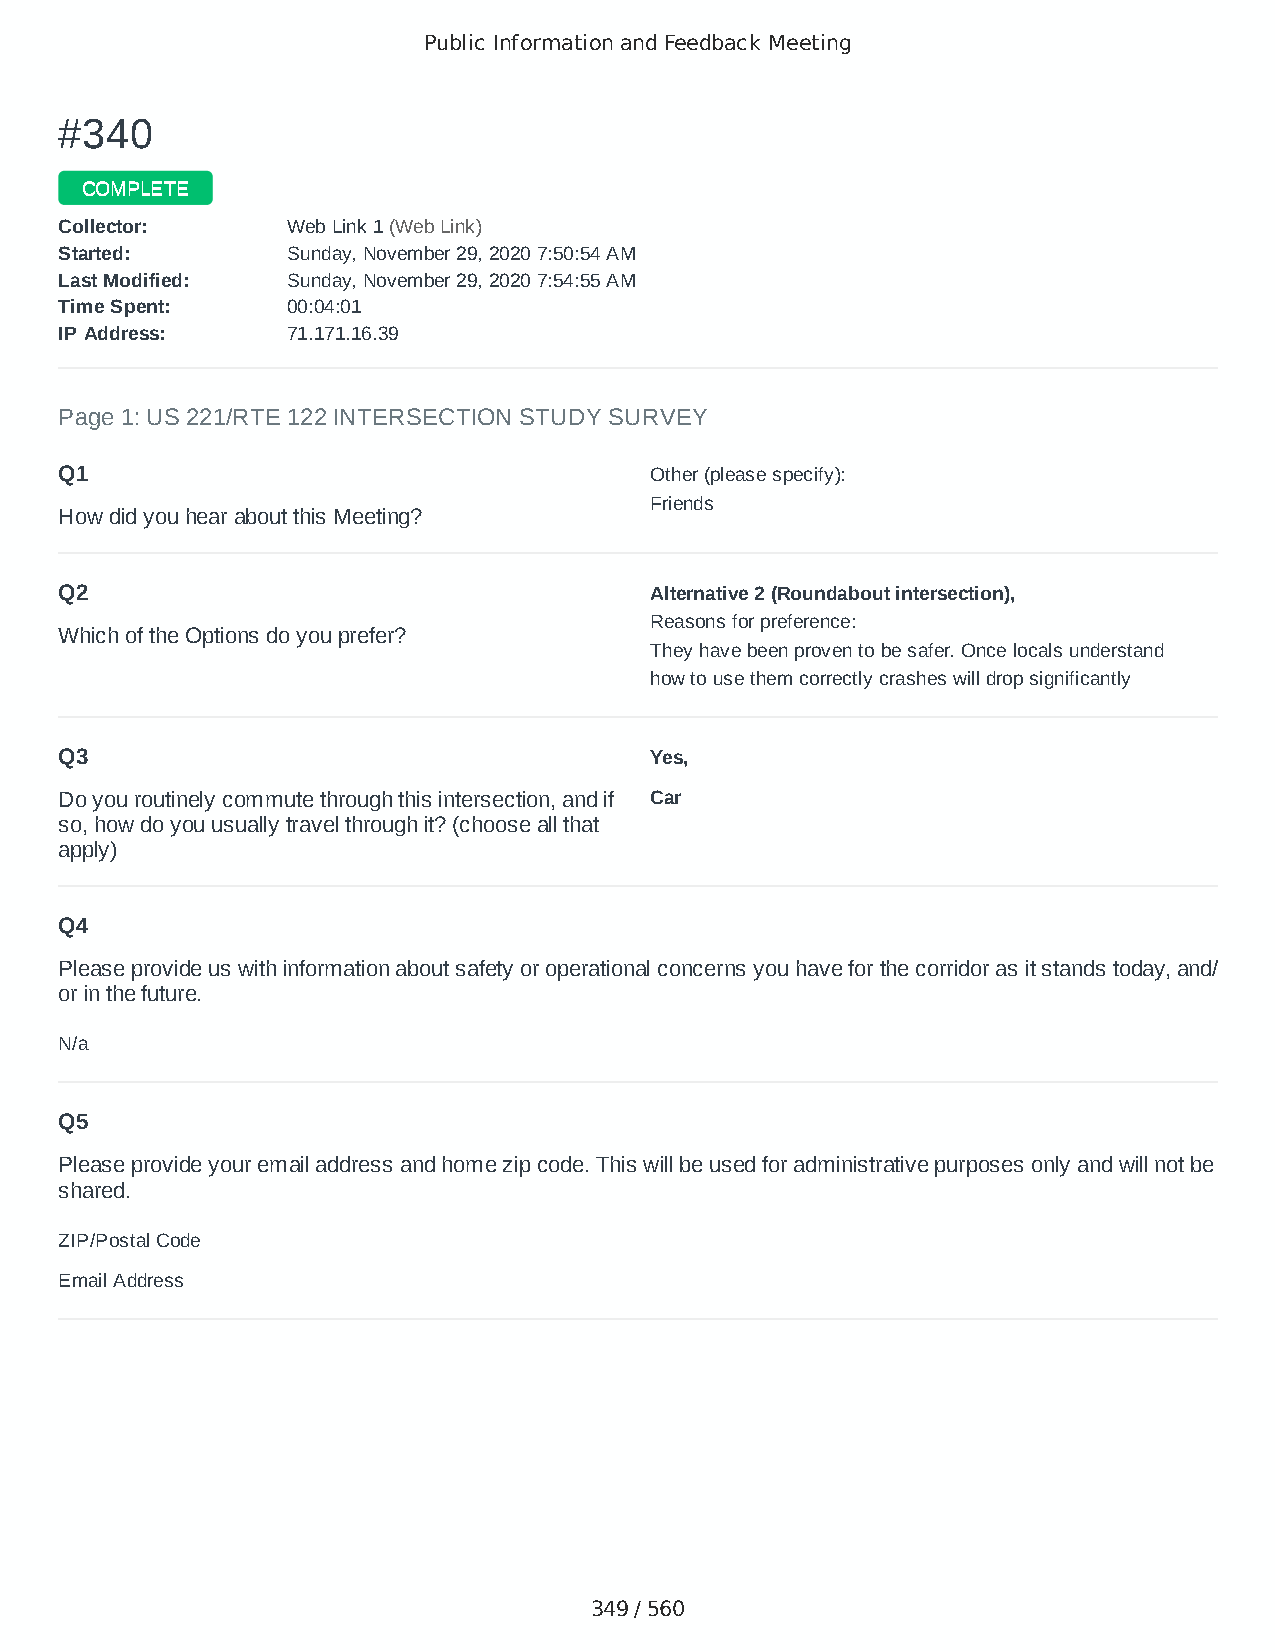
Public Information and Feedback Meeting
 ##334400
 CCOOMMPPLLEETTEE
 CCoolllleeccttoorr:: WWeebb LLiinnkk 11 ((WWeebb LLiinnkk))
 SSttaarrtteedd:: SSuunnddaayy,, NNoovveemmbbeerr 2299,, 22002200 77::5500::5544 AAMM
 LLaasstt MMooddiiffiieedd:: SSuunnddaayy,, NNoovveemmbbeerr 2299,, 22002200 77::5544::5555 AAMM
 TTiimmee SSppeenntt:: 0000::0044::0011
 IIPP AAddddrreessss:: 7711..117711..1166..3399
 Page 1: US 221/RTE 122 INTERSECTION STUDY SURVEY
 Q1                                     Other (please specify):
 Friends
 How did you hear about this Meeting?
 Q2                                     Alternative 2 (Roundabout intersection),
 Reasons for preference:
 Which of the Options do you prefer?
 They have been proven to be safer. Once locals understand
 how to use them correctly crashes will drop significantly
 Q3                                     Yes,
 Do you routinely commute through this intersection, and if Car
 so, how do you usually travel through it? (choose all that
 apply)
 Q4
 Please provide us with information about safety or operational concerns you have for the corridor as it stands today, and/
 or in the future.
 N/a
 Q5
 Please provide your email address and home zip code. This will be used for administrative purposes only and will not be
 shared.
 ZIP/Postal Code                        24523
 Email Address                          denniscrawford95@gmail.com
 349 / 560